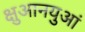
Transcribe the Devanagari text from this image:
क्षुआनयुआं